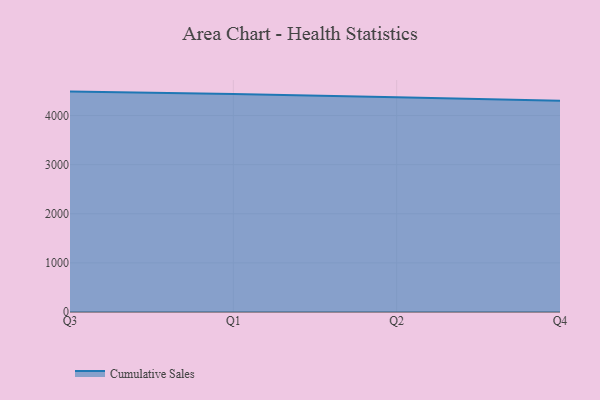
{"axis": {"x": "Quarter", "y": "Temperature (°C)"}, "legend": ["Cumulative Sales"], "data": [{"x": "Q3", "y": 4487.5, "type": "Cumulative Sales"}, {"x": "Q1", "y": 4440.6, "type": "Cumulative Sales"}, {"x": "Q2", "y": 4372.4, "type": "Cumulative Sales"}, {"x": "Q4", "y": 4301.4, "type": "Cumulative Sales"}]}